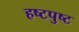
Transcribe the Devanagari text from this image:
हष्टपुष्ट